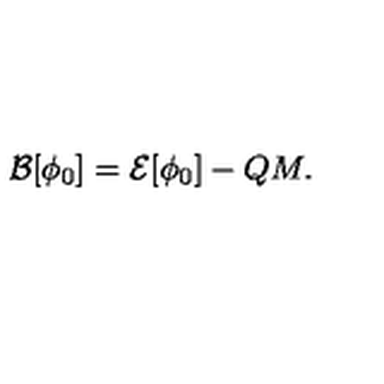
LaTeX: { \cal B } [ \phi _ { 0 } ] = { \cal E } [ \phi _ { 0 } ] - Q M .